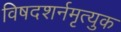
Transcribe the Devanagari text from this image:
विषदशर्नमृत्युक